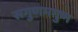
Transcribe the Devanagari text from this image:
सगुणमगुण